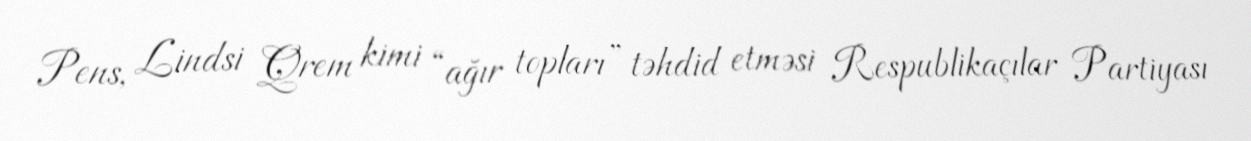
Pens, Lindsi Qrem kimi “ağır topları” təhdid etməsi Respublikaçılar Partiyası